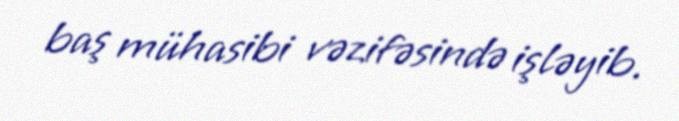
baş mühasibi vəzifəsində işləyib.